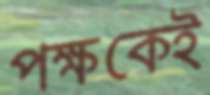
পক্ষকেই